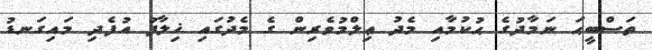
ތަސްބީޙަ ނަމާދުގެ ޙުކުމާއި މެދު ޢިލްމުވެރިން ގެ މެދުގައި ޚިލާފު އުފެދި މައިގަނޑު